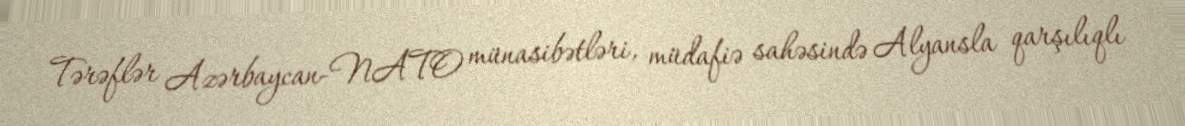
Tərəflər Azərbaycan-NATO münasibətləri, müdafiə sahəsində Alyansla qarşılıqlı